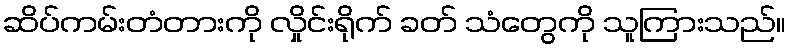
ဆိပ်ကမ်းတံတားကို လှိုင်းရိုက် ခတ် သံတွေကို သူကြားသည်။